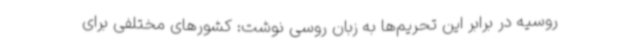
روسیه در برابر این تحریم‌ها به زبان روسی نوشت: کشورهای مختلفی برای